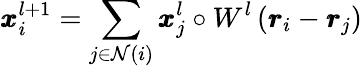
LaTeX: \pmb{x}_{i}^{l+1}=\sum_{j\in\mathcal{N}(i)}\pmb{x}_{j}^{l}\circ W^{l}\left(\pmb{r}_{i}-\pmb{r}_{j}\right)